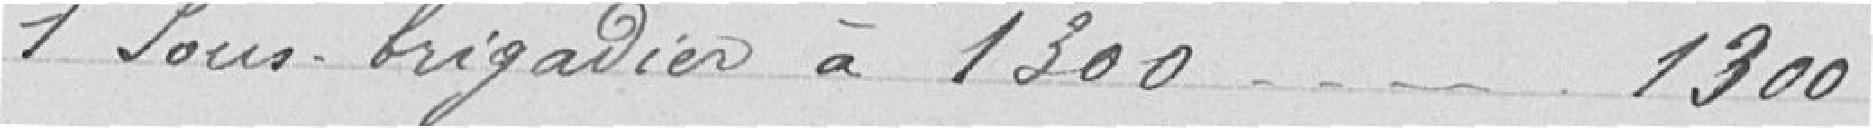
1 sous brigadier à 1300 1300